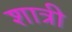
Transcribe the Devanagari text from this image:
शात्री